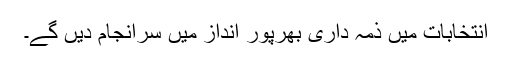
انتخابات میں ذمہ داری بھرپور انداز میں سرانجام دیں گے۔